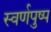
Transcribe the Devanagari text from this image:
स्वर्णपुष्प